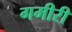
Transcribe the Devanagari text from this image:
गमीरी